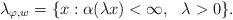
LaTeX: \begin{align*} \lambda_{\varphi, w}= \{x : \alpha(\lambda x) < \infty,\,\, \,\, \lambda >0 \}. \end{align*}